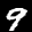
Label: 9